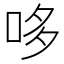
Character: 哆